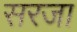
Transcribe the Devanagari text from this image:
सरजा